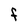
Character: F